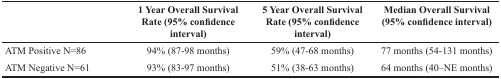
<table><thead><tr><td></td><td><b>1 Year Overall Survival Rate (95% confidence interval)</b></td><td><b>5 Year Overall Survival Rate (95% confidence interval)</b></td><td><b>Median Overall Survival (95% confidence interval)</b></td></tr></thead><tbody><tr><td>ATM Positive N=86</td><td>94% (87-98 months)</td><td>59% (47-68 months)</td><td>77 months (54-131 months)</td></tr><tr><td>ATM Negative N=61</td><td>93% (83-97 months)</td><td>51% (38-63 months)</td><td>64 months (40–NE months)</td></tr></tbody></table>